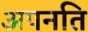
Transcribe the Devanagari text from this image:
अपनति